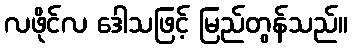
လဖိုင်လ ဒေါသဖြင့် မြည်တွန်သည်။